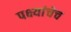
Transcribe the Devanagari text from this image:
पक्ष्यांचेच